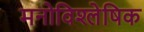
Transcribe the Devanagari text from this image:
मनोविश्लेषिक